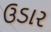
ઉડાર